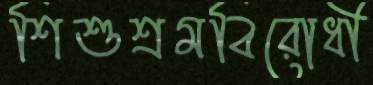
শিশুশ্রমবিরোধী